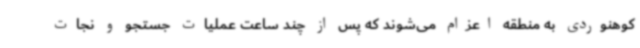
کوهنوردی به منطقه اعزام می‌شوند که پس از چند ساعت عملیات جستجو و نجات